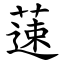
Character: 䔎